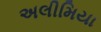
અલીમિયા